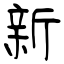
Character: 新